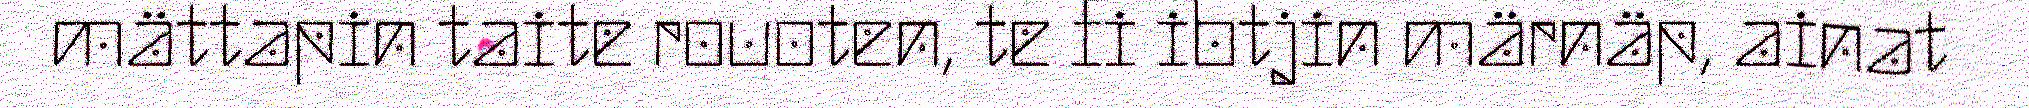
mättapin taite rouoten, te fi ibtjin märnäp, ainat